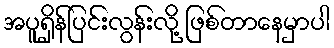
အပူရှိန်ပြင်းလွန်းလို့ ဖြစ်တာနေမှာပါ